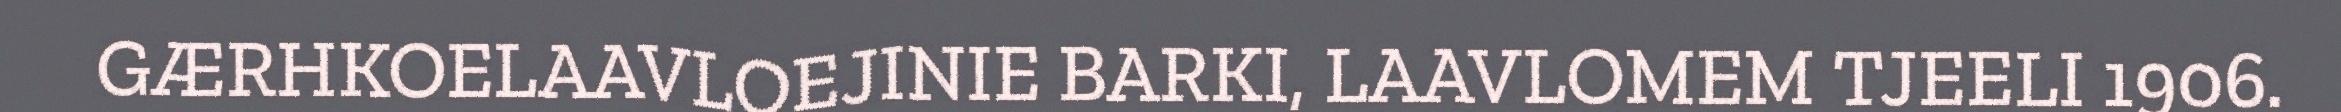
GÆRHKOELAAVLOEJINIE BARKI, LAAVLOMEM TJEELI 1906.